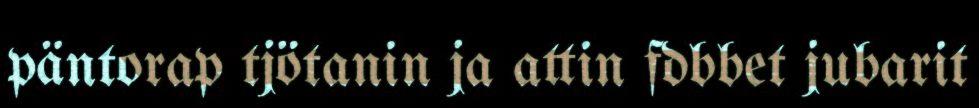
päntorap tjötanin ja attin fdbbet jubarit